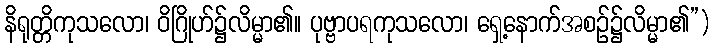
နိရုတ္တိကုသလော၊ ဝိဂြိုဟ်၌လိမ္မာ၏။ ပုဗ္ဗာပရကုသလော၊ ရှေ့နောက်အစဉ်၌လိမ္မာ၏”)